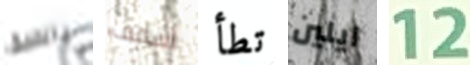
بالضيق أسقف تطأ ايلين 12